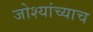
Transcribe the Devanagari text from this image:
जोश्यांच्याच